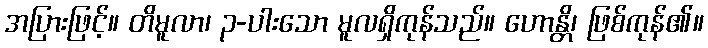
အပြားဖြင့်။ တိမူလာ၊ ၃-ပါးသော မူလရှိကုန်သည်။ ဟောန္တိ၊ ဖြစ်ကုန်၏။